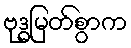
ဗုဒ္ဓမြတ်စွာက